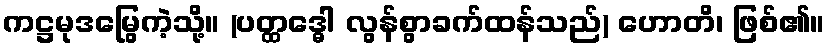
ကဋ္ဌမုဒမြွေကဲ့သို့။ (ပတ္ထဒ္ဓေါ လွန်စွာခက်ထန်သည်) ဟောတိ၊ ဖြစ်၏။